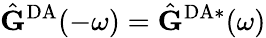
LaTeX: \hat{\mathbf{G}}^{\mathrm{DA}}(-\omega)=\hat{\mathbf{G}}^{\mathrm{DA}*}(\omega)